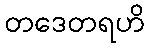
တဒေတရဟိ